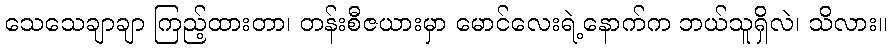
သေသေချာချာ ကြည့်ထားတာ၊ တန်းစီဇယားမှာ မောင်လေးရဲ့နောက်က ဘယ်သူရှိလဲ၊ သိလား။